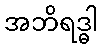
အဘိရဒ္ဓါ